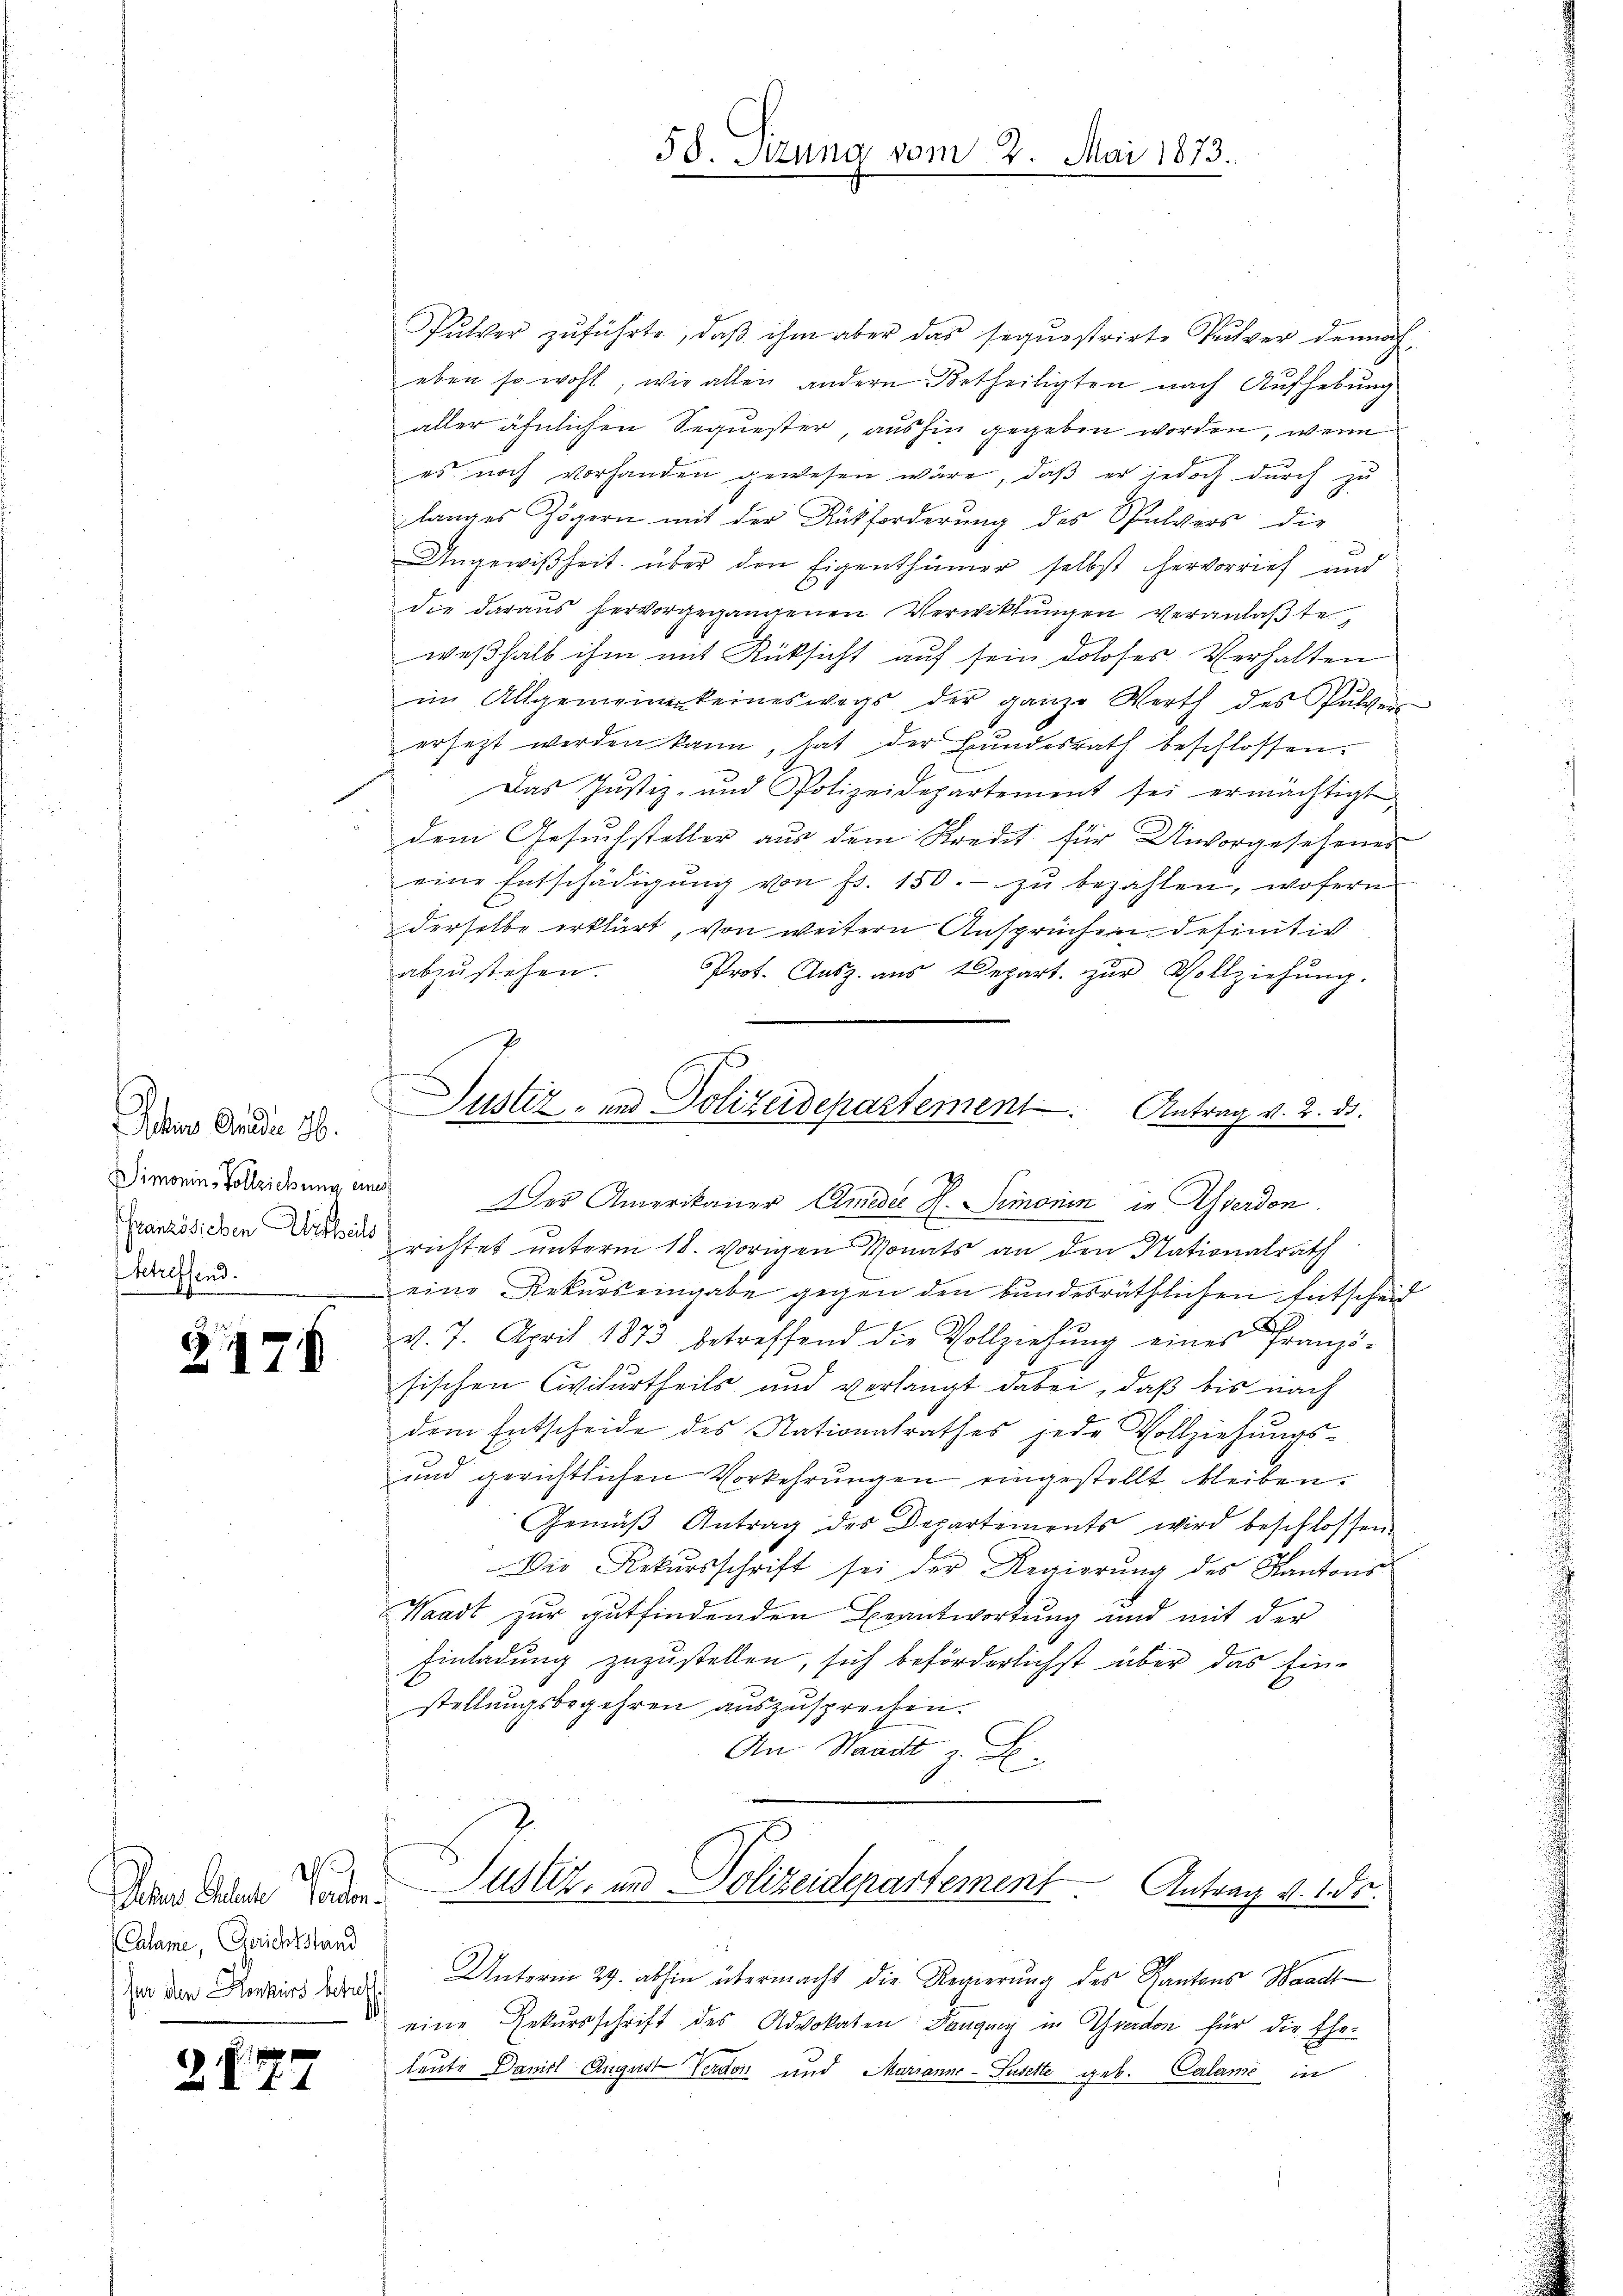
Oches Anden 26.
Striffend.

2

297

a Aber Vater
Calame, (Gerichtstand
(für den Konkurs betreff

.

58. Sizung vom 2. Mai 1873.

Pulver zŭführte, daβ ihm aber das sequestrirte Pulver demnach-
eben so wohl, wie allen andern Betheiligten nach Aufhebung
aller ähnlichen Sequester, aushin gegeben worden, wenn
es noch vorhanden gewesen wäre, daß er jedoch durch zu
langes Zögern mit der Rückforderung des Spulvers die
Angewißheit über den Eigenthümer selbst hervorrief und
die daraus hervorgegangenen Verwittŭngen veranlaβte,
weßhalb ihm mit Rücksicht auf sein doloses Verhalten
im Allgemeinen keineswegs der ganze Werth des Pulver
ersetzt werden kann, hat der Bundesrath beschlossen.
Das Justiz- und Polizeidepartement sei ermächtigt,
dem Gesuchsteller aus dem Kredit für Unvorgesehenes
eine Entschädigŭng von fr. 150.- zŭ bezahlen, wofern
derselbe erklärt, von weitern Ansprüchen definitiv
abzustehen.
Prot. Ausz. aus Depart. zur Vollziehung.
Justiz- und Polizeidepartement Antrag v. 2. 33.
Dimarin, Soleichnung und Der Amerikaner Ameder H. Simonin in Werden.
siden richtet unterm 18. vorigen Monats an den Nationalrath
eine Rekurs eingabe gegen den bundesräthlichen Entscheid
v. 7. April 1873 betreffend die Vollziehŭng eines Pranzö-
sischen Civilurtheils und verlangt dabei, daß bis nach
dem Entscheide des Nationalrathes jede Vollziehungs-
und gerichtlichen Vorkehrungen eingestellt bleiben.
Gemäβ Antrag des Departements wird beschlossen.
Die Rekursschrift sei der Regierŭng des Kantons
Waadt zur gutfindenden Beantwortung und mit der
Einladung zuzustellen, sich beförderlichst über das Einstellungsbegehren auszusprechen.
An Waadt z. B.

Justiz, und Polizeidepartement
 Antrag v. 1. ds.

Unterm 29. abhin übermacht die Regierung des Kantons Waadt
eine Rekursschrift des Advokaten Langung in Graden für die Ehe-
leute Daniel August Verdon und Marianne-Fusette geb. Calame in